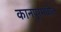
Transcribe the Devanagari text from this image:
कानपूरमधील